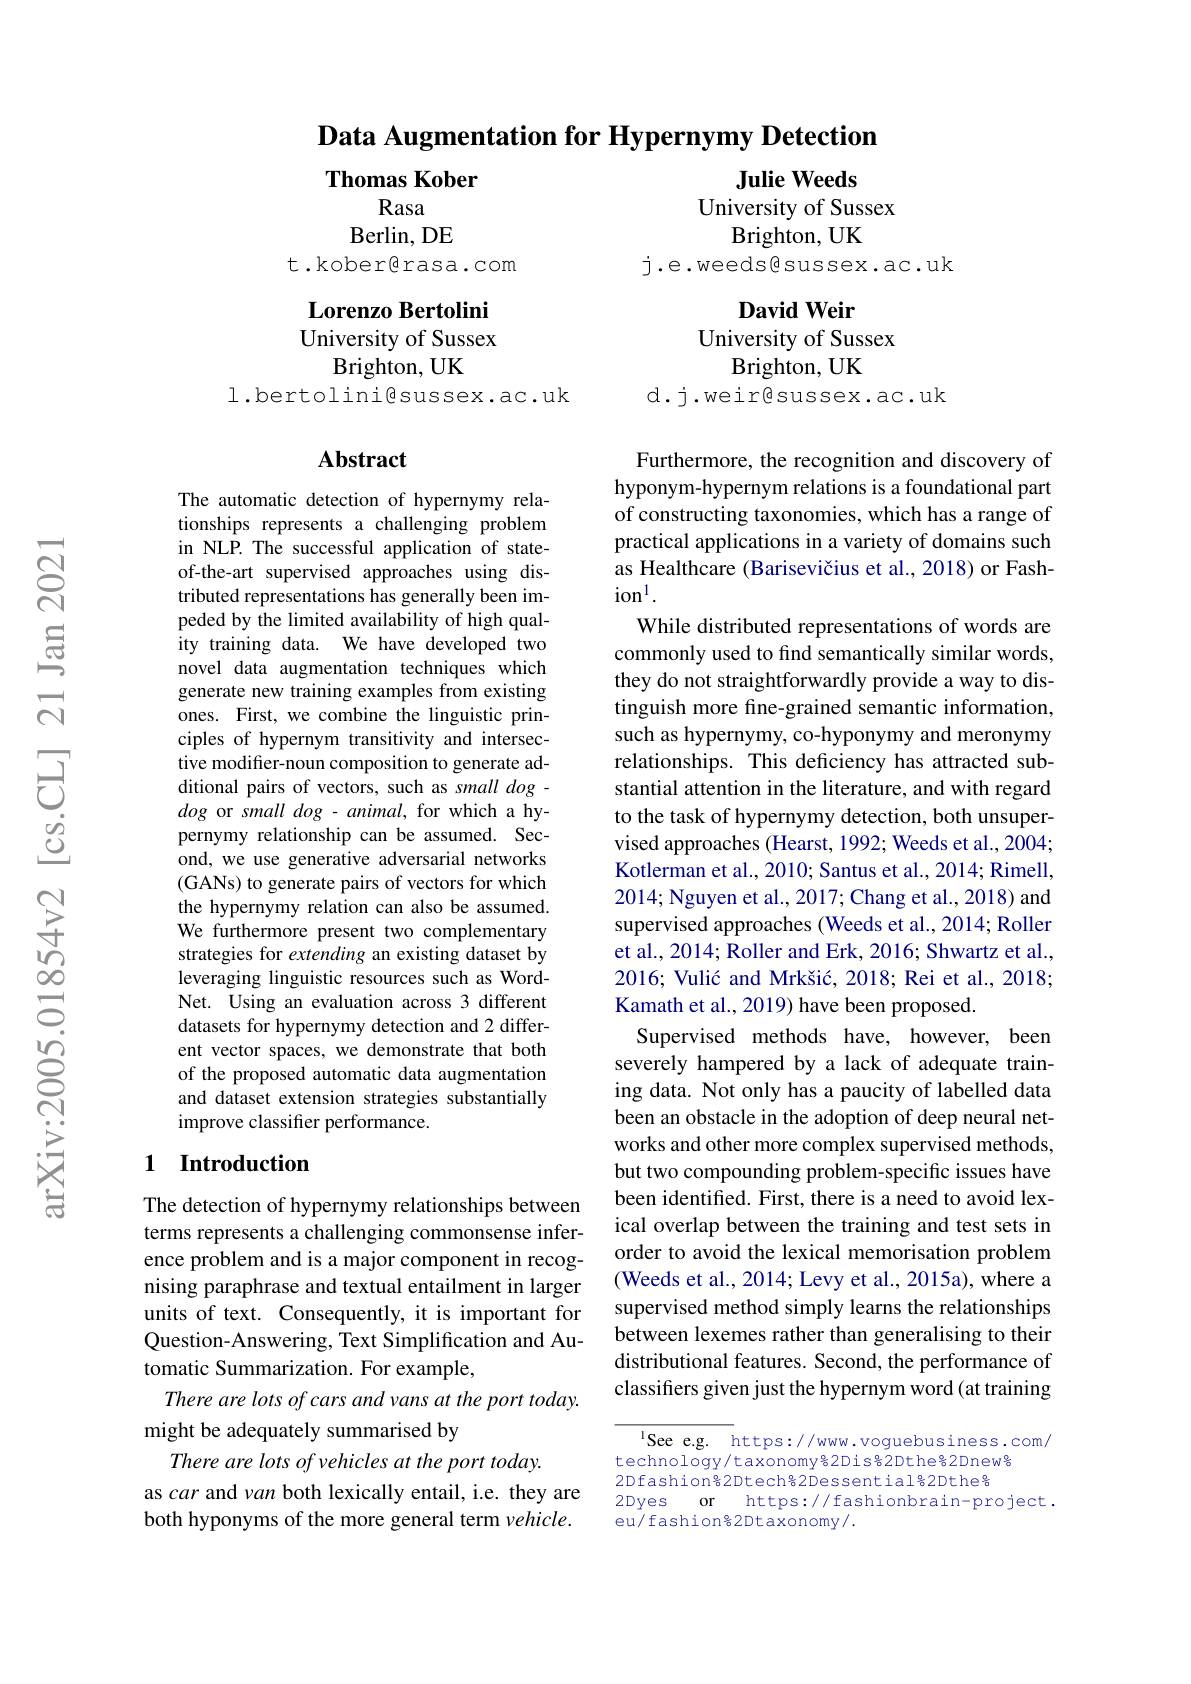
Data Augmentation for Hypernymy Detection

Thomas Kober

Rasa

Julie Weeds
University of Sussex
Brighton, UK

Berlin, DE

t.kober©rasa.com

$j.e.weeds\textcircled sussex.ac.uk$

## Lorenzo Bertolini University of Sussex Brighton, UK
l.bertolinigsussex.ac.uk

David Weir
University of Sussex
Brighton, UK
d.j.weir@sussex.ac.uk

### Abstract

The automatic detection of hypernymy relationships represents a challenging problem in NLP. The successful application of stateof-the-art supervised approaches using distributed representations has generally been impeded by the limited availability of high quality training data. We have developed two novel data augmentation techniques which generate new training examples from existing ones. First, we combine the linguistic principles of hypernym transitivity and intersective modifier-noun composition to generate additional pairs of vectors, such as small dog - dog or small dog - animal, for which a hypernymy relationship can be assumed. Second, we use generative adversarial networks (GANs) to generate pairs of vectors for which the hypernymy relation can also be assumed. We furthermore present two complementary strategies for extending an existing dataset by leveraging linguistic resources such as WordNet. Using an evaluation across 3 different datasets for hypernymy detection and 2 different vector spaces, we demonstrate that both of the proposed automatic data augmentation and dataset extension strategies substantially improve classifier performance.

Furthermore, the recognition and discovery of hyponym-hypernym relations is a foundational part of constructing taxonomies, which has a range of practical applications in a variety of domains such as Healthcare (Barisevičius et al., 2018) or Fash- $\mathrm{ion}^{1}.$
While distributed representations of words are commonly used to find semantically similar words, they do not straightforwardly provide a way to distinguish more fine-grained semantic information, such as hypernymy, co-hyponymy and meronymy relationships. This deficiency has attracted substantial attention in the literature, and with regard to the task of hypernymy detection, both unsupervised approaches (Hearst, 1992; Weeds et al., 2004; Kotlerman et al., 2010; Santus et al., 2014; Rimell, 2014; Nguyen et al., 2017; Chang et al., 2018) and supervised approaches (Weeds et al., 2014; Roller et al., 2014; Roller and Erk, 2016; Shwartz et al., 2016; Vulić and Mrkšić, 2018; Rei et al., 2018; Kamath et al., 2019) have been proposed.
Supervised methods have, however, been severely hampered by a lack of adequate training data. Not only has a paucity of labelled data been an obstacle in the adoption of deep neural networks and other more complex supervised methods, but two compounding problem-specific issues have been identified. First, there is a need to avoid lexical overlap between the training and test sets in order to avoid the lexical memorisation problem (Weeds et al., 2014; Levy et al., 2015a), where a supervised method simply learns the relationships between lexemes rather than generalising to their distributional features. Second, the performance of classifers given just the hypernym word (at training

## 1 Introduction

The detection of hypernymy relationships between terms represents a challenging commonsense inference problem and is a major component in recognising paraphrase and textual entailment in larger units of text. Consequently, it is important for Question-Answering, Text Simplification and Automatic Summarization. For example
There are lots of cars and vans at the port today.
might be adequately summarised by
There are lots of vehicles at the port today.
as car and van both lexically entail, i.e. they are both hyponyms of the more general term $vehicle.$

$^{\mathrm{l}}$See e.g. https://www.voguebusiness.com/
technology/taxonomy%2Dis%2Dthe%2Dnew% 2Dfashion%2Dtech%2Dessential%2Dthe% 2Dyes or https://fashionbrain-project.
eu/fashion%2Dtaxonomy/.